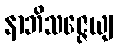
နာဘိသဇ္ဇေယျ